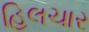
હિલચાર